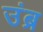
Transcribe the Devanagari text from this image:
उंब्र